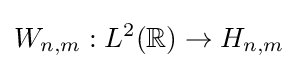
W_{n,m}:L^{2}(\mathbb {R} )\to H_{n,m}